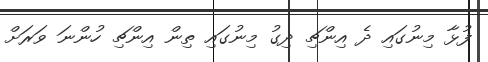
ފުޅާ މިނުގައި ދެ އިންޗި ދިގު މިނުގައި ތިން އިންޗި ހުންނަ ވަރަށް